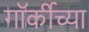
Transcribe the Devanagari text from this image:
गॉर्कीच्या